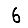
Digit: 6